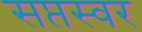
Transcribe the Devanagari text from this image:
सप्तस्वर